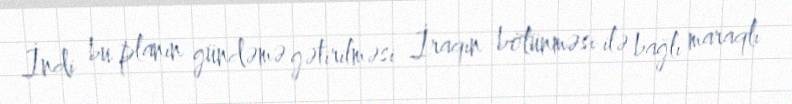
İndi bu planın gündəmə gətirilməsi İraqın bölünməsi ilə bağlı maraqlı